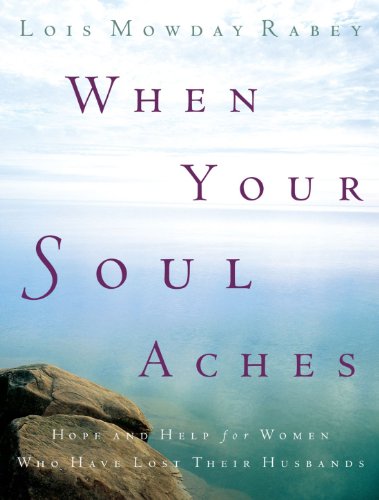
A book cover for When Your Soul Aches: Hope and Help for Women Who Have Lost Their Husbands; Lois Mowday Rabey; Christian Books & Bibles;